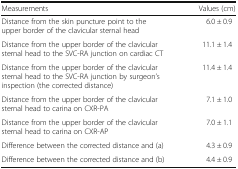
<table><thead><tr><td><b>Measurements</b></td><td><b>Values (cm)</b></td></tr></thead><tbody><tr><td>Distance from the skin puncture point to the upper border of the clavicular sternal head</td><td>6.0 ± 0.9</td></tr><tr><td>Distance from the upper border of the clavicular sternal head to the SVC-RA junction on cardiac CT</td><td>11.1 ± 1.4</td></tr><tr><td>Distance from the upper border of the clavicular sternal head to the SVC-RA junction by surgeon’s inspection (the corrected distance)</td><td>11.4 ± 1.4</td></tr><tr><td>Distance from the upper border of the clavicular sternal head to carina on CXR-PA</td><td>7.1 ± 1.0</td></tr><tr><td>Distance from the upper border of the clavicular sternal head to carina on CXR-AP</td><td>7.0 ± 1.1</td></tr><tr><td>Difference between the corrected distance and (a)</td><td>4.3 ± 0.9</td></tr><tr><td>Difference between the corrected distance and (b)</td><td>4.4 ± 0.9</td></tr></tbody></table>